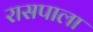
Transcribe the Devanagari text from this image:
रासपाला